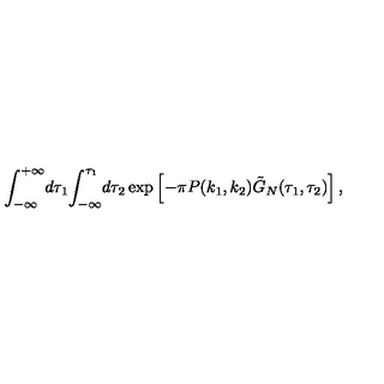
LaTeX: { \int _ { - \infty } ^ { + \infty } } d { \tau _ { 1 } } { \int _ { - \infty } ^ { \tau _ { 1 } } } d { \tau _ { 2 } } \exp \left[ - \pi P ( { k _ { 1 } } , { k _ { 2 } } ) { \tilde { G } _ { N } } ( { \tau _ { 1 } } , { \tau _ { 2 } } ) \right] ,